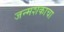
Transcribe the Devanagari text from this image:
जन्मशकाचा